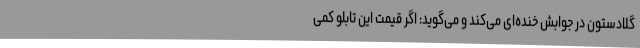
گلادستون در جوابش خنده‌ای می‌کند و می‌گوید‌: اگر قیمت این تابلو کمی